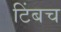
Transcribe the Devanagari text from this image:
टिंबच